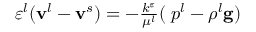
\begin{array} { r } { \varepsilon ^ { l } ( \mathbf { v } ^ { l } - \mathbf { v } ^ { s } ) = - \frac { k ^ { \varepsilon } } { \mu ^ { l } } ( \mathbf { \nabla } p ^ { l } - \rho ^ { l } \mathbf { g } ) } \end{array}